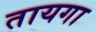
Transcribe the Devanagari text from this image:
तायगा